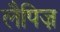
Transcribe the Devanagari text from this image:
लैपिज़